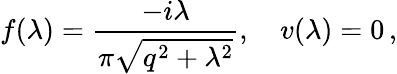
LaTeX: f(\lambda)=\frac{-i\lambda}{\pi\sqrt{q^{2}+\lambda^{2}}},\quad v(\lambda)=0\, ,